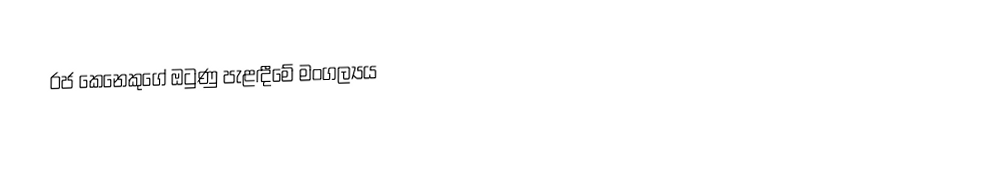
රජ කෙනෙකුගේ ඔටුණු පැළඳීමේ මංගල්‍යය